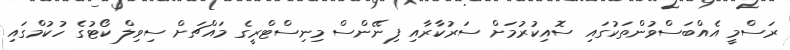
ރަސްމީ އެއްބަސްވުންތަކުގައި ސޮއިކުރުމަށް ސަރުކާރާއި ފިނޭންސް މިނިސްޓްރީގެ މައްޗަށް ސިވިލް ކޯޓުގެ ހުކުމްގައި